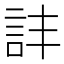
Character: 𧥹